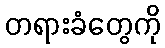
တရားခံတွေကို